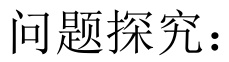
问题探究：